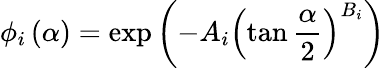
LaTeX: \phi_{i}\left(\alpha\right)=\exp{\left(-A_{i}\left(\tan{\frac{\alpha}{2}}\right)^{B_{i}}\right)}